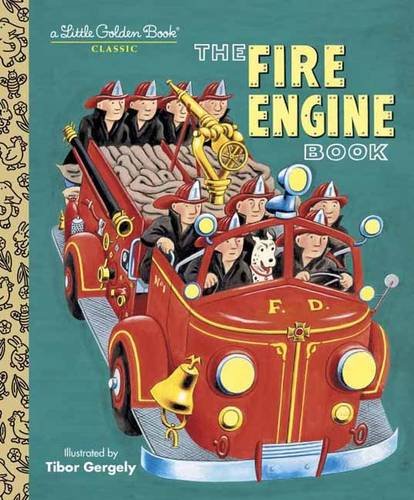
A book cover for The Fire Engine Book (Little Golden Book); Tibor Gergely; Children's Books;